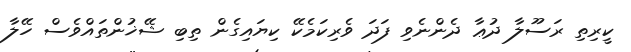
ކީރިތި ރަސޫލާ ދުޢާ ދެންނެވި ފަދަ ވެރިކަމެކޭ ކިޔައިގެން ތިބި ޝޭޚުންތައްވެސް ހޭލާ